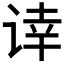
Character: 𰵰